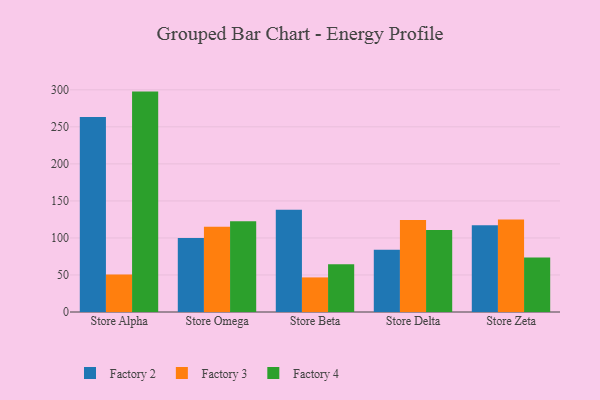
{"axis": {"x": "Store", "y": "Latency (ms)"}, "legend": ["Factory 2", "Factory 3", "Factory 4"], "data": [{"x": "Store Alpha", "y": 263.3, "type": "Factory 2"}, {"x": "Store Alpha", "y": 50.8, "type": "Factory 3"}, {"x": "Store Alpha", "y": 297.6, "type": "Factory 4"}, {"x": "Store Omega", "y": 100.0, "type": "Factory 2"}, {"x": "Store Omega", "y": 115.0, "type": "Factory 3"}, {"x": "Store Omega", "y": 122.6, "type": "Factory 4"}, {"x": "Store Beta", "y": 137.9, "type": "Factory 2"}, {"x": "Store Beta", "y": 46.7, "type": "Factory 3"}, {"x": "Store Beta", "y": 64.6, "type": "Factory 4"}, {"x": "Store Delta", "y": 83.9, "type": "Factory 2"}, {"x": "Store Delta", "y": 124.2, "type": "Factory 3"}, {"x": "Store Delta", "y": 110.6, "type": "Factory 4"}, {"x": "Store Zeta", "y": 117.3, "type": "Factory 2"}, {"x": "Store Zeta", "y": 124.9, "type": "Factory 3"}, {"x": "Store Zeta", "y": 73.6, "type": "Factory 4"}]}